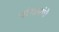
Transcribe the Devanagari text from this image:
चांभारांचे